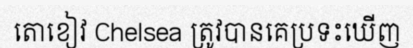
តោខៀវ Chelsea ត្រូវបានគេប្រទះឃើញ